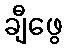
ချီဖွေ